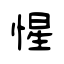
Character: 惺